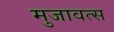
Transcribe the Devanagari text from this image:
मुजावत्स